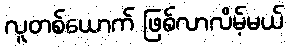
လူတစ်ယောက် ဖြစ်လာလိမ့်မယ်